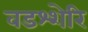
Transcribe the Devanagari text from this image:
वडश्शेरि